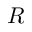
R